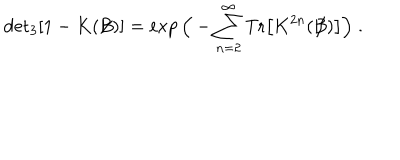
\mathrm { d e t } _ { 3 } [ 1 - K ( \not { \! \! B } ) ] = \exp \Big ( - \sum _ { n = 2 } ^ { \infty } \mathrm { T r } \big [ K ^ { 2 n } ( \not { \! \! B } ) \big ] \Big ) \; .